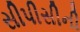
સીપીસીની